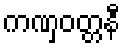
ကဏှဝတ္တနီ